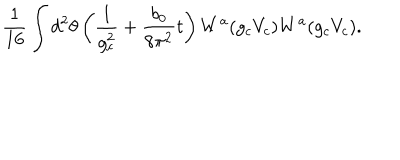
LaTeX: \frac { 1 } { 1 6 } \int d ^ { 2 } \theta \left( \frac { 1 } { g _ { c } ^ { 2 } } + \frac { b _ { 0 } } { 8 \pi ^ { 2 } } t \right) W ^ { a } ( g _ { c } V _ { c } ) W ^ { a } ( g _ { c } V _ { c } ) .